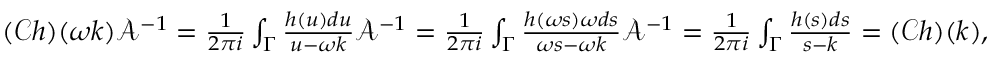
\begin{array} { r } { ( \mathcal { C } h ) ( \omega k ) \mathcal { A } ^ { - 1 } = \frac { 1 } { 2 \pi i } \int _ { \Gamma } \frac { h ( u ) d u } { u - \omega k } \mathcal { A } ^ { - 1 } = \frac { 1 } { 2 \pi i } \int _ { \Gamma } \frac { h ( \omega s ) \omega d s } { \omega s - \omega k } \mathcal { A } ^ { - 1 } = \frac { 1 } { 2 \pi i } \int _ { \Gamma } \frac { h ( s ) d s } { s - k } = ( \mathcal { C } h ) ( k ) , } \end{array}